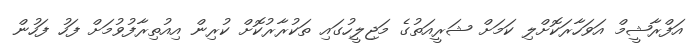
އަފްރާޝީމް އަވަހާރަކޮށްލި ކަމަށް ޝަރީއަތުގެ މަޖިލީހުގައި ތަކުރާރުކޮށް ކުރިން އިއުތިރާފުވުމަށް ފަހު ފަހުން